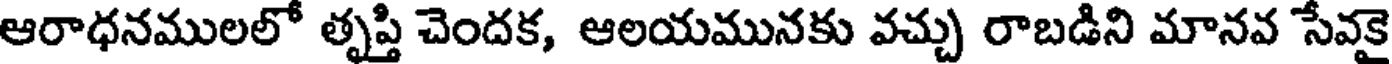
ఆరాధనములలో తృప్తి చెందక, ఆలయమునకు వచ్చు రాబడిని మానవ సేవకై